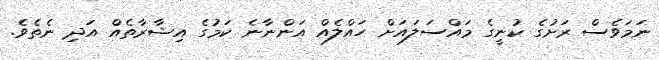
ނަމަވެސް ރަށުގެ ކުނީގެ މައްސަލައަށް ހައްލެއް އަންނާނެ ކަމުގެ އިޝާރާތެއް އަދި ނެތެވެ.